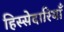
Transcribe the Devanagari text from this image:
हिस्सेदारियाँ